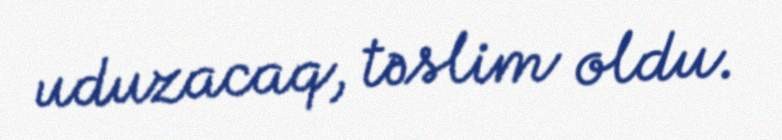
uduzacaq, təslim oldu.